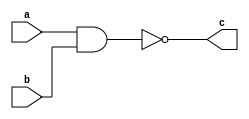
`timescale 1ns / 1ps
//create a NAND gate out of an AND and an Invertor
module some_logic_component (c, a, b);

	// declare port signals
	output c;
	input a, b;
	// declare internal wire
	wire d;
	//instantiate structural logic gates

	and a1(d, a, b); //d is output, a and b are inputs
	not n1(c, d); //c is output, d is input

endmodule